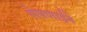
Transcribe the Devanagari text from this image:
रोषणाईने